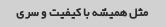
مثل همیشه با کیفیت و سرى